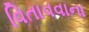
વિતાવવાના